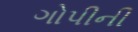
ગોપીની